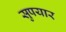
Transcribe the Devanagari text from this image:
सुपयार